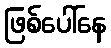
ဖြစ်ပေါ်နေ